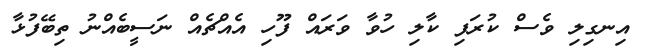
އިނގިލި ވެސް ކުރަފި ކާލި ހުވާ ވަރައް ފޫހި އެއްޗެއް ނަސީބެއްނު ތިބޭފުޅާ